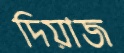
দিয়াজ